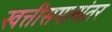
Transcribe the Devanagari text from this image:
खत्तीसमानांतर